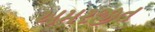
અમરજીત